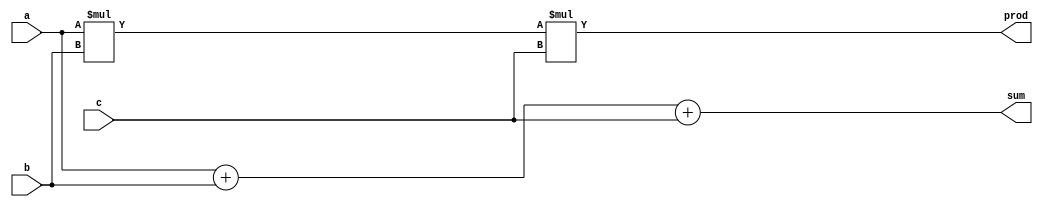
module sumprod(a, b, c, sum, prod);

  input [7:0] a, b, c;
  output [7:0] sum, prod;

  {* sumstuff *}
  assign sum = a + b + c;
  {* *}

  assign prod = a * b * c;

endmodule